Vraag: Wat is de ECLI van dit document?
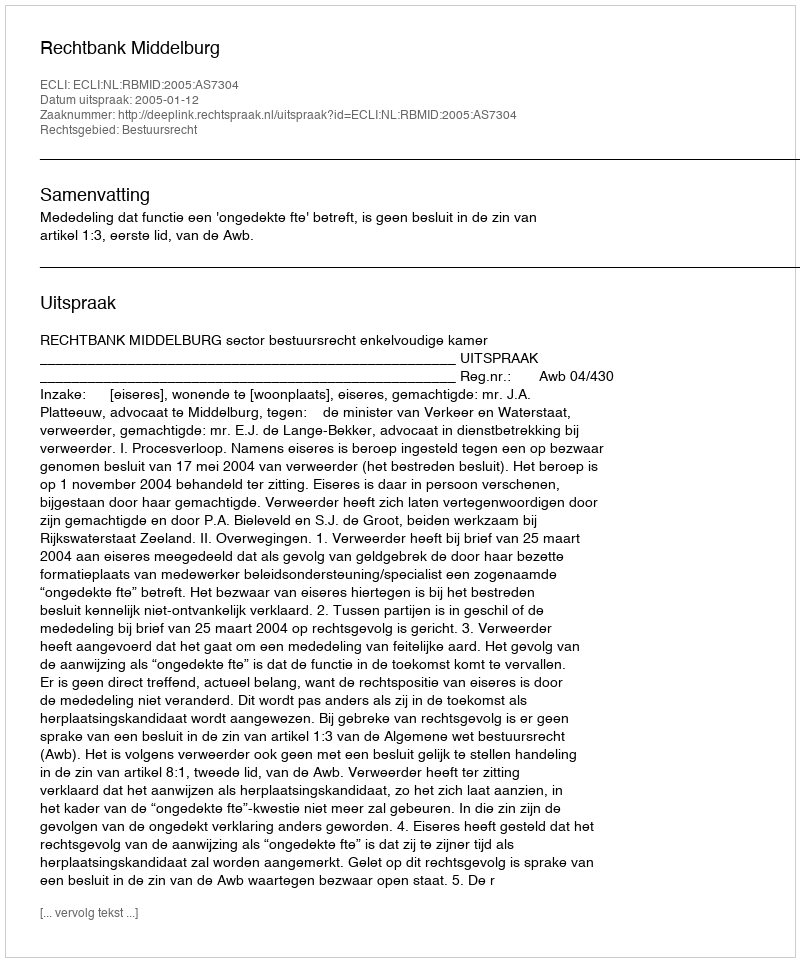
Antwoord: ECLI:NL:RBMID:2005:AS7304